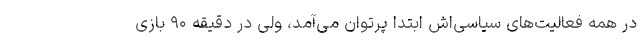
در همه فعالیت‌های سیاسی‌اش ابتدا پرتوان می‌آمد، ولی در دقیقه ۹۰ بازی